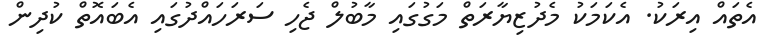
އެތައް އިރަކު. އެކަމަކު މެދުޒިޔާރަތް މަގުގައި މާބުލް ޖެހި ސަރަހައްދުގައި އެބައޮތް ކުދިން